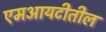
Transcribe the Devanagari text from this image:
एमआयटीतील